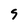
Character: 9